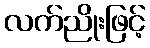
လက်ညိုးဖြင့်